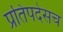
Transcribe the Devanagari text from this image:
प्रतिपदेसच